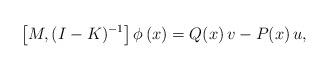
LaTeX: \begin{align*}\left[M,(I-K)^{-1}\right]\phi\,(x)=Q(x)\,v-P(x)\,u,\end{align*}